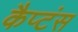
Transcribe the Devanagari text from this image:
कैप्‍टंस